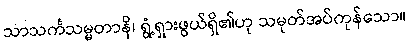
သာသင်္ကသမ္မတာနိ၊ ရွံ့ရှားဖွယ်ရှိ၏ဟု သမုတ်အပ်ကုန်သော။